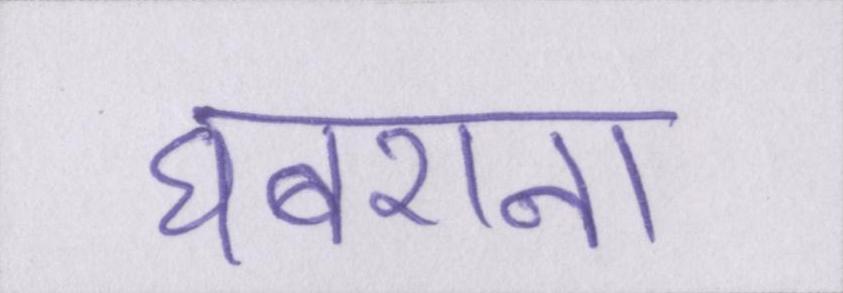
घबराना